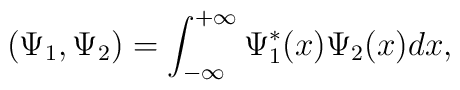
(\Psi_1,\Psi_2)=\int_{-\infty}^{+\infty}\Psi_1^*(x)\Psi_2(x)dx,